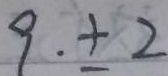
9 . \pm 2